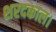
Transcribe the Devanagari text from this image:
शरदकाल।